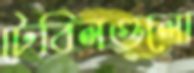
টেবিলগুলো